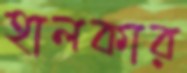
হালকার